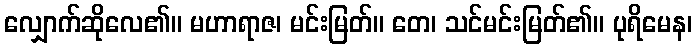
လျှောက်ဆိုလေ၏။ မဟာရာဇ၊ မင်းမြတ်။ တေ၊ သင်မင်းမြတ်၏။ ပုရိမေန၊